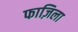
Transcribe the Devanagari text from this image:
फाज़िला